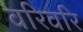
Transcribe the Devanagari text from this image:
वरिवरि